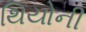
થિયોની